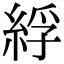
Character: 綒